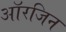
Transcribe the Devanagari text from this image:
आॅरजिन